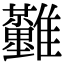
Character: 𩁪